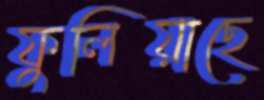
ফুলিয়াছে